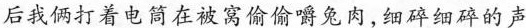
后我俩打着电筒在被窝偷偷嚼兔肉,细碎细碎的声